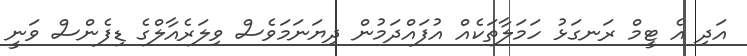
އަދި އެ ޓީމް ރަނގަޅު ހަމަލާތަކެއް އުފައްދަމުން ދިޔަނަމަވެސް ވިލަރެއާލްގެ ޑިފެންސް ވަނީ